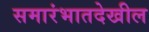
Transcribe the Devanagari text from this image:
समारंभातदेखील